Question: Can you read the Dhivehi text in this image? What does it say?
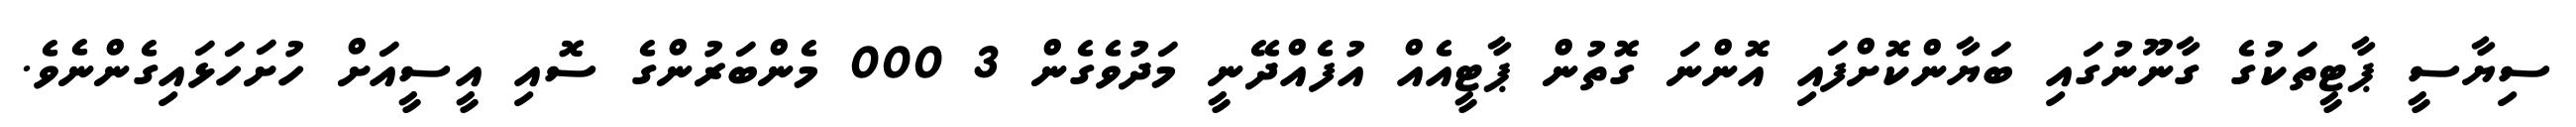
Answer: ސިޔާސީ ޕާޓީތަކުގެ ގާނޫނުގައި ބަޔާންކޮށްފައި އޮންނަ ގޮތުން ޕާޓީއެއް އުފެއްދޭނީ މަދުވެގެން 3 000 މެންބަރުންގެ ސޮއި އީސީއަށް ހުށަހަޅައިގެންނެވެ.